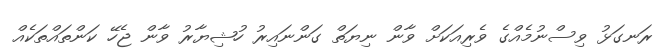
ރަނގަޅު ވިސްނުމެއްގެ ވެރިއަކަށް ވާން ނިޔަތް ގަންނައިރު ހުޝިޔާރު ވާން ޖެހޭ ކަންތައްތަކެއް